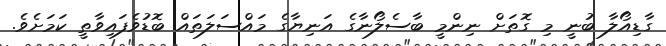
ގާޑިއޯލާ ބުނީ މި ގޮތަށް ނިންމީ ބާސެލޯނާގެ އަނިޔާގެ މައްސަލަތައް ބޮޑުވެފައިވާތީ ކަމަށެވެ.